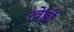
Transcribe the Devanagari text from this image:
खेड़ों